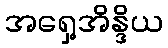
အရှေ့အိန္ဒိယ